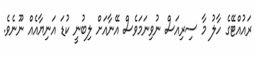
ރައުއްޓޭގެ ހާލު މާ ސިރިއަސް ނުވިނަމަވެސް އޭނާއަށް ލިބުނީ ކުޑަ އަނިޔާއެއް ނޫނެވެ.